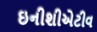
ઇનીશીએટીવ